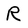
Character: R